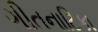
ગીતનાટિકા